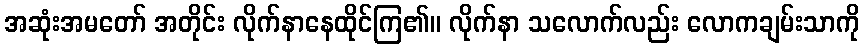
အဆုံးအမတော် အတိုင်း လိုက်နာနေထိုင်ကြ၏။ လိုက်နာ သလောက်လည်း လောကချမ်းသာကို